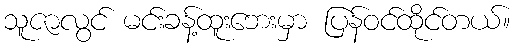
သူဇာလွင် မင်းခန့်ထူးဘေးမှာ ပြန်ဝင်ထိုင်တယ်။